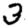
Digit: 3